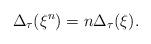
LaTeX: \begin{align*} \Delta_\tau(\xi^n)=n\Delta_\tau(\xi). \end{align*}